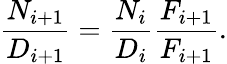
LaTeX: {\frac{N_{i+1}}{D_{i+1}}}={\frac{N_{i}}{D_{i}}}{\frac{F_{i+1}}{F_{i+1}}}.